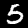
Digit: 5